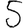
Digit: 5